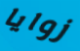
زوايا